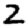
Digit: 2